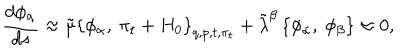
{ \frac { d { \phi _ { \alpha } } } { d s } } \approx \tilde { \mu } \left\{ \phi _ { \alpha } , \ \pi _ { t } + H _ { 0 } \right\} _ { q , p , t , \pi _ { t } } + { \tilde { \lambda } } ^ { \beta } \left\{ \phi _ { \alpha } , \ \phi _ { \beta } \right\} \approx 0 ,